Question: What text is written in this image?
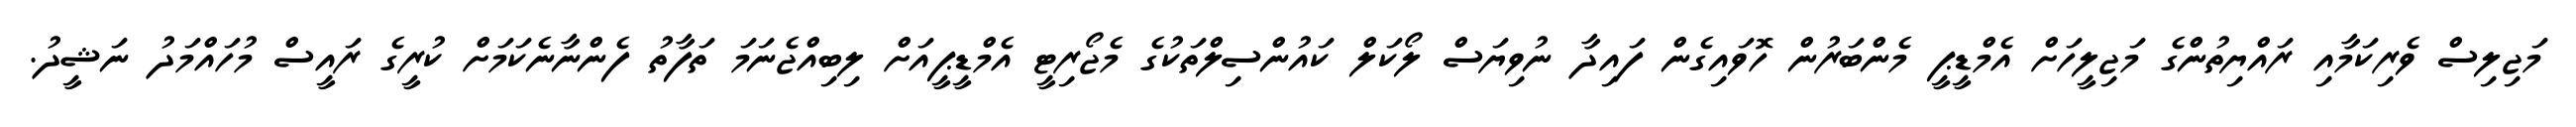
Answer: މަޖިލިސް ވެރިކަމާއި ރައްޔިތުންގެ މަޖިލީހަށް އެމްޑީޕީ މެންބަރުން ހޮވައިގެން ފައިދާ ނުވިޔަސް ލޯކަލް ކައުންސިލްތަކުގެ މެޖޯރިޓީ އެމްޑީޕީއަށް ލިބިއްޖެނަމަ ތަފާތު ފެންނާނެކަމަށް ކުރީގެ ރައީސް މުހައްމަދު ނަޝީދު.